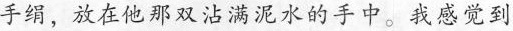
手绢，放在他那双沾满泥水的手中。我感觉到